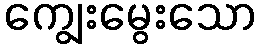
ကျွေးမွေးသော